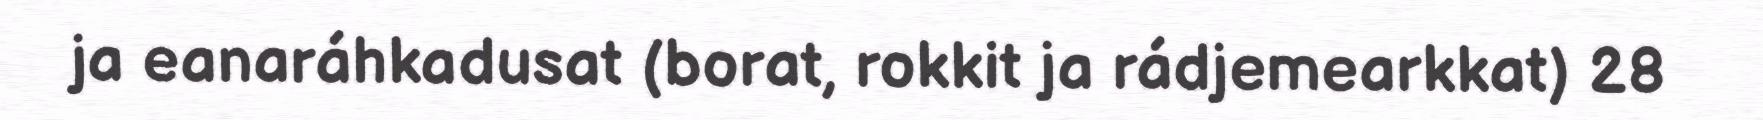
ja eanaráhkadusat (borat, rokkit ja rádjemearkkat) 28